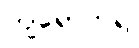
ကျရောက်၍